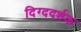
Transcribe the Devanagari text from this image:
दिग्ददर्शक